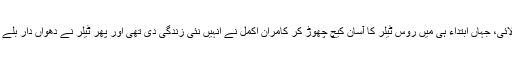
درحقیقت اس میچ نے عالمی کپ 2011ء میں کھیلے گئے پاک-نیوزی لینڈ مقابلے کی یاد دلائی، جہاں ابتداء ہی میں روس ٹیلر کا آسان کیچ چھوڑ کر کامران اکمل نے انہیں نئی زندگی دی تھی اور پھر ٹیلر نے دھواں دار بلے بازی کا مظاہرہ کرتے ہوئے گروپ مرحلے میں پاکستان کو واحد شکست سے دوچار کیاتھا۔